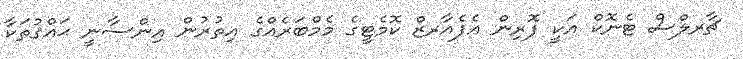
ޗާރލްސް ޓެނޮކް އަކީ ފޮރިން އެފެއާރޒް ކޮމެޓީގެ މެމްބަރެއްގެ އިތުރުން އިންސާނީ ޙައްޤުތަކާ